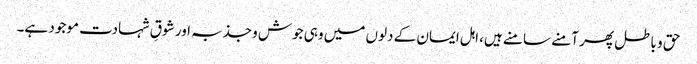
حق و باطل پھر آمنے سامنے ہیں، اہل ایمان کے دلوں میں وہی جوش وجذبہ اور شوقِ شہادت موجود ہے۔